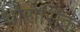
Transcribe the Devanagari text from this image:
थोरोसिक